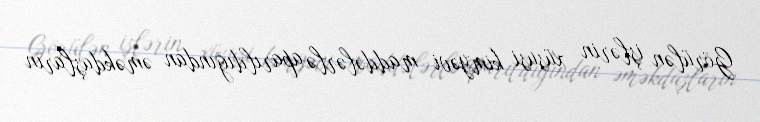
Görülən işlərin xüsusi kimyəvi maddələrlə aparıldığından əməkdaşların